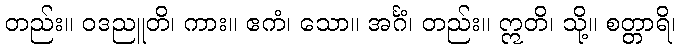
တည်း။ ဝဒညူတိ၊ ကား။ ဧကံ၊ သော။ အင်္ဂံ၊ တည်း။ ဣတိ၊ သို့။ စတ္တာရိ၊